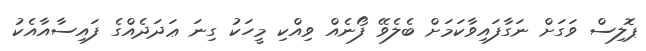
ޕޮލިސް ވަގަށް ނަގާފައިވާކަމަށް ބެލެވޭ ފޯނެއް ވިއްކި މީހަކު ގިނަ ޢަދަދެއްގެ ފައިސާއާއެކު